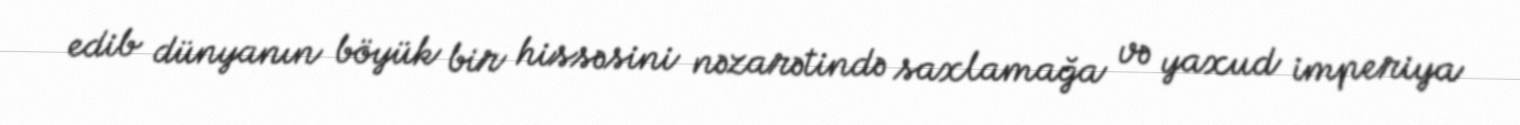
edib dünyanın böyük bir hissəsini nəzarətində saxlamağa və yaxud imperiya